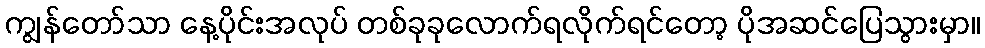
ကျွန်တော်သာ နေ့ပိုင်းအလုပ် တစ်ခုခုလောက်ရလိုက်ရင်တော့ ပိုအဆင်ပြေသွားမှာ။